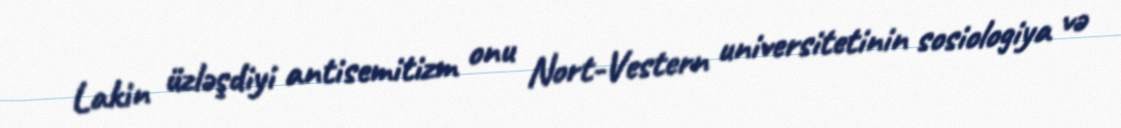
Lakin üzləşdiyi antisemitizm onu Nort-Vestern universitetinin sosiologiya və